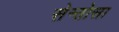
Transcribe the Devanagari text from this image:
सेन्तोसा